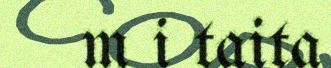
m i taita